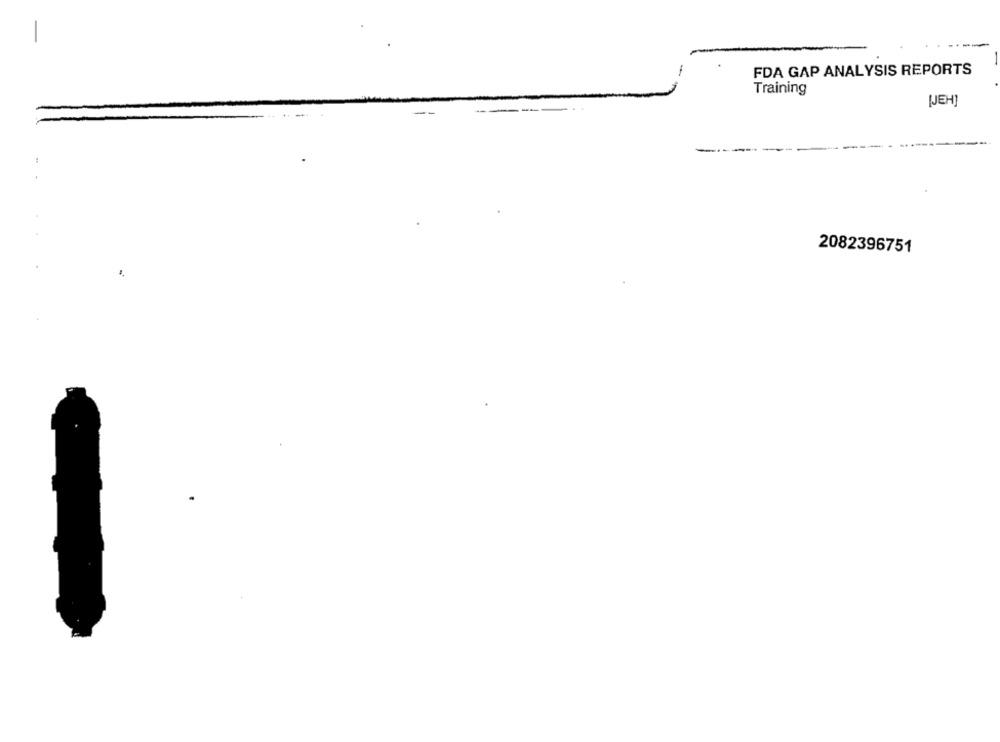
FDA GAP ANALYSIS REPORTS
Training
[JEH]
--
2082396751